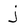
Character: j